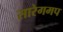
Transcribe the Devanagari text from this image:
सारेगमप